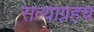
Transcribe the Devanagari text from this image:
सत्याग्रहच